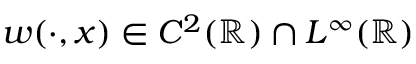
w ( \cdot , x ) \in C ^ { 2 } ( \mathbb { R } ) \cap L ^ { \infty } ( \mathbb { R } )